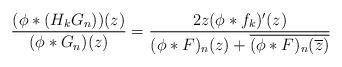
LaTeX: \begin{align*}\dfrac{(\phi \ast (H_{k} G_{n}))(z)}{(\phi \ast G_{n})(z)}= \dfrac{2z(\phi \ast f_{k})'(z)}{(\phi \ast F)_{n}(z)+\overline{(\phi \ast F)_{n}(\overline{z})}}\end{align*}